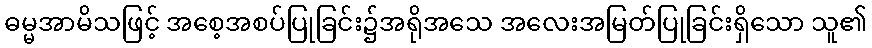
ဓမ္မအာမိသဖြင့် အစေ့အစပ်ပြုခြင်း၌အရိုအသေ အလေးအမြတ်ပြုခြင်းရှိသော သူ၏